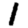
Digit: 1